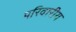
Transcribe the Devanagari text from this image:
परिवारीय